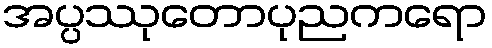
အပ္ပဿုတောပုညကရော